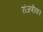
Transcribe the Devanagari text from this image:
रांजणीकर